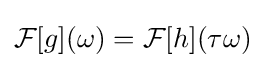
{\mathcal {F}}[g](\omega )={\mathcal {F}}[h](\tau \omega )